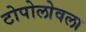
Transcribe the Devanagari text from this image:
टोपोलोवला